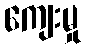
ကျေးမှု